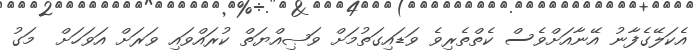
އެކަލޭގެފާނު އޭނާއަށްވެސް ކެތްތެރިވެ ވަޑައިގަތުމަށް ވަޞިއްޔަތް ކުރައްވައި ވަރަށް އަވަހަށް  މަގު